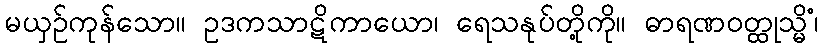
မယှဉ်ကုန်သော။ ဥဒကသာဋိကာယော၊ ရေသနုပ်တို့ကို။ ဓာရဏဝတ္ထုသ္မိံ၊